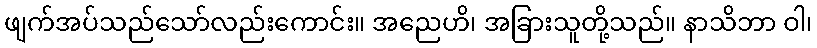
ဖျက်အပ်သည်သော်လည်းကောင်း။ အညေဟိ၊ အခြားသူတို့သည်။ နာသိဘာ ဝါ၊